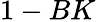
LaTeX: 1-BK